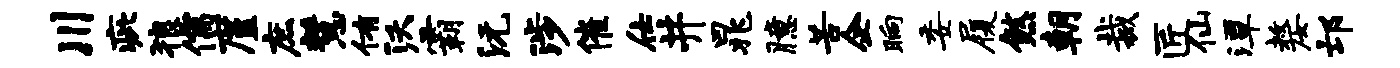
川疵狼儒廑庶慧侑沃霸沅涉催仕井晁臆苦企晌委履煞朝裁匠仙潭嫠邙